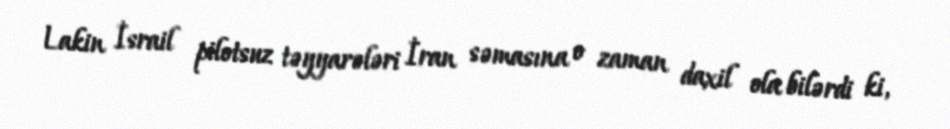
Lakin İsrail pilotsuz təyyarələri İran səmasına o zaman daxil ola bilərdi ki,